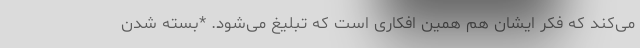
می‌کند که فکر ایشان هم همین افکاری است که تبلیغ می‌شود. *بسته شدن